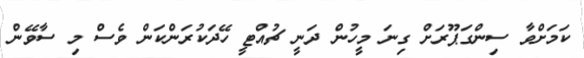
ކަމަށްވާ ސިންގަޕޫރަށް ގިނަ މީހުން ދަނީ ޗުއްޓީ ހޭދަކުރަންކަން ވެސް މި ސާވޭން